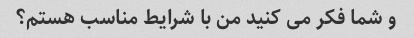
و شما فکر می کنید من با شرایط مناسب هستم؟